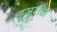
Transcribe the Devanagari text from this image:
हुजुरांची